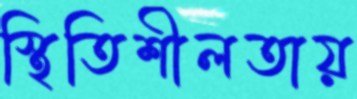
স্থিতিশীলতায়